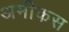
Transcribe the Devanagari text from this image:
अमीकस